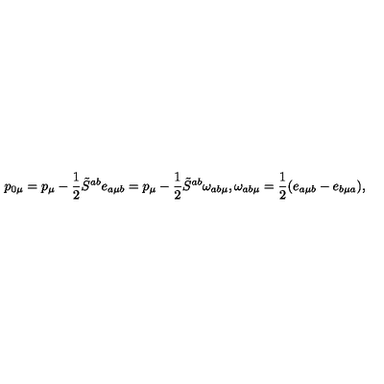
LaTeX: p _ { 0 \mu } = p _ { \mu } - \frac { 1 } { 2 } \tilde { S } ^ { a b } e _ { a \mu b } = p _ { \mu } - \frac { 1 } { 2 } \tilde { S } ^ { a b } \omega _ { a b \mu } , \omega _ { a b \mu } = \frac { 1 } { 2 } ( e _ { a \mu b } - e _ { b \mu a } ) ,